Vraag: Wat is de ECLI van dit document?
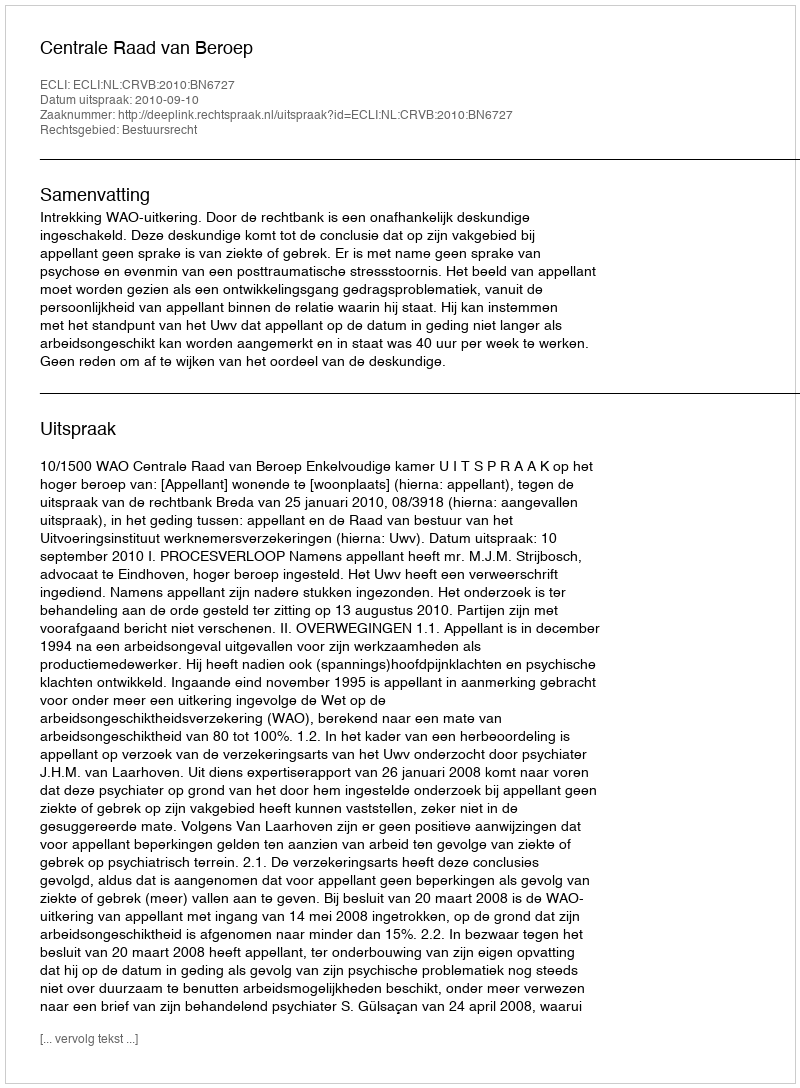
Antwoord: ECLI:NL:CRVB:2010:BN6727